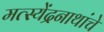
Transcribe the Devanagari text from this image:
मत्स्येंद्रनाथांचे